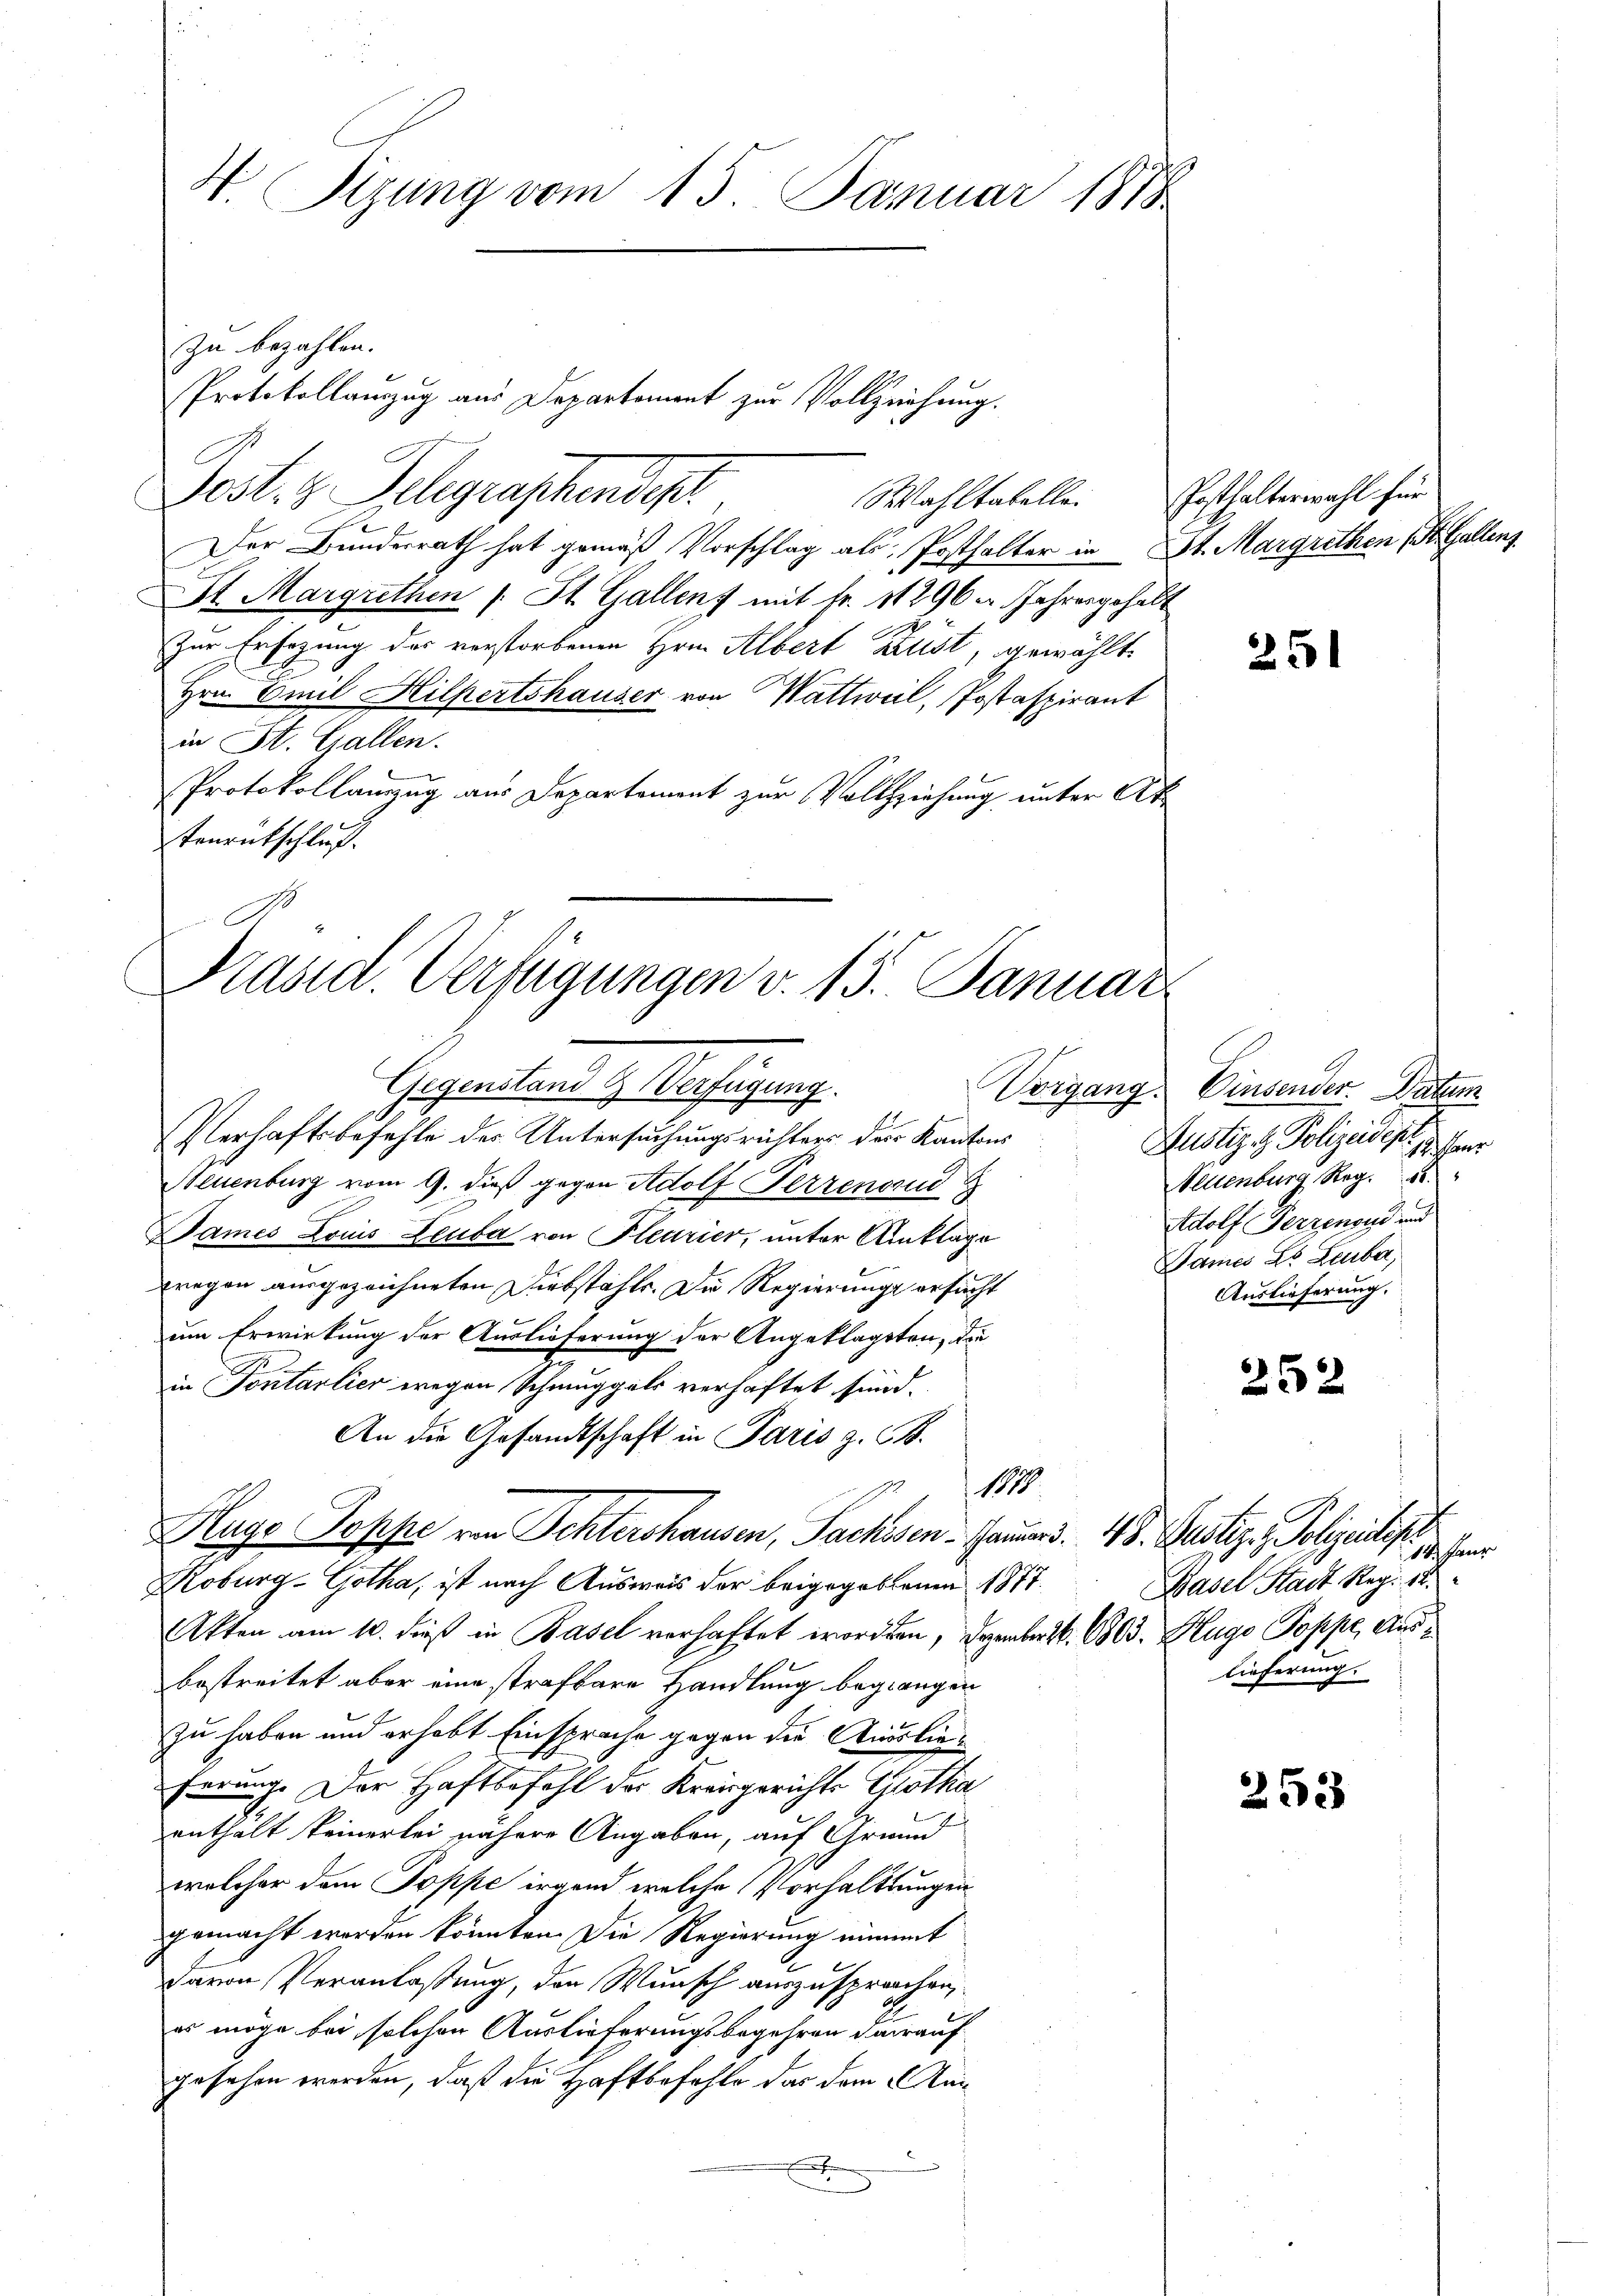
N. Sizung vom 15. Januar 1878

Jost, z. Telegraphendep
Der Bundesrath hat gemäß Vorschlag als Posthalter in St. Margrethen (St. Gallenz
St Margrethen St. Gallens mit fr. 11296 u. Jahresgehalt
Zur Ersezung des verstorbenen Hrn. Albert Brust, gewählte
Hrn. Emil Hilpertshauser von Wattweil, Jostaspirant
in St. Gallen.
Protokollauszug aus Departement zur Vollziehung unter Akt
Tenrückschluß.

zu bezahlen.

Protokollauszug aus Departement zur Vollziehung.

Wahltatellei

Präsid. Verfügungen v. 15. Januar
Gegenstand & Verfügung.

Verhaftsbefehle der Untersuchungsrichters der Kantons
Neuenburg vom 9. dieß gegen Adolf Ferrenad
Dames Louis Leuba von Pleurier, unter Anklage
Bregen ausgezeichneten Diebstähle. Die Regierungs ersucht
um Erwirkung der Auslieferung der Angeklagten, die
in Pontarlier wegen Schmuggels verhaftet sind.
An die Gesandtschaft in Paris z. B.
Glugo Poppe von Schtershausen, Sachsen - Gaumes. 48. Justiz- & Polizeitige
Koburg-Gotha, ist nach Ausweis der beigegebenen 1877.
Akten am 10. dieß in Basel verhaftet worden, Dezember d. 1803. Klugo Poppe, Ausbestreitet aber eine strafbare Handlung begangen
zu haben und erhebt Einsprache gegen die Auslieferung. Der Haftbefahl der Kreisgerichts Grotha
enthalt keinerlei nähere Angaben, auf Grundd
wolcher dem Poppe irgend welche Vorhaltungen
gemacht werden könnten. Die Regierung nimmt
davon Veranlaßung, den Wunsch auszusprachen,
es möge bei solchen Auslieferungsbegehren darauf
gesehen werden, daß die Haftbefehle das dem Anx

1818.

Posthalterwahl für

251

Vorgang. Einsender. Datum
Justiz- & Polizeidest passer
Neuenburg, Reg.
dolf Herzensu und
Dames Lo Leuber,
Auslieferung.

252

253

14. Jaur
Basel Stadt Reg. 18.
lieferung.